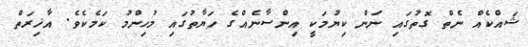
ޝައްކެއް ނެތް ގޮތުގައި ނަން ކިޔުމަކީ އިންސާނެއްގެ ހަޔާތުގައި މުހިންމު ކަމެކެވެ. އާޚިރަތް